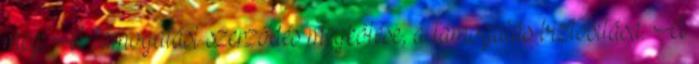
meg. A támogatási szerződés megkötése, a támogatás biztosítása: A